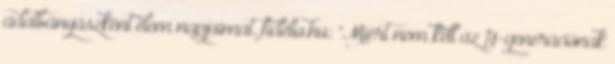
adatbányászként élem napjaimat. fidelio.hu: "Miért nem kell az Y-generációnak